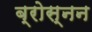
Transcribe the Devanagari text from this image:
ब्रोस्नन